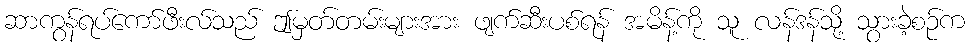
ဆာကွန်ရပ်ကော်ဖီးလ်သည် ဤမှတ်တမ်းများအား ဖျက်ဆီးပစ်ရန် အမိန့်ကို သူ လန်ဒန်သို့ သွားခဲ့စဉ်က